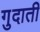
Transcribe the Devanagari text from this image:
गुदाती